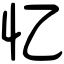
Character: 忆